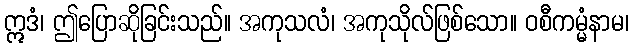
ဣဒံ၊ ဤပြောဆိုခြင်းသည်။ အကုသလံ၊ အကုသိုလ်ဖြစ်သော။ ဝစီကမ္မံနာမ၊